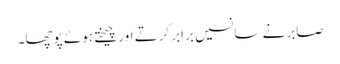
صابر نے سانسیں برابر کرتے اور چیختے ہوئے پوچھا۔